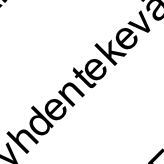
h d e nt e k e v